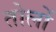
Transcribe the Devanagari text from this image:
तोलों